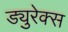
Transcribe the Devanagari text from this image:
ड्युरेक्स